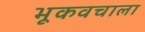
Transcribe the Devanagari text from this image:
भूकवचाला